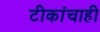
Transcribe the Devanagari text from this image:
टीकांचाही